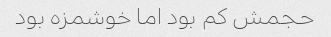
حجمش کم بود اما خوشمزه بود